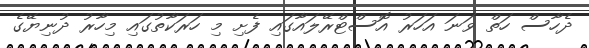
ދެހާސް ހަތް ވަނަ އަހަރު އޮސްޓްރޭލައާގައި ފެށި މި ހަރަކާތުގައި މިހާރު ދުނިޔޭގެ